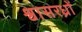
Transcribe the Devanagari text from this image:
श्वासरध्राें